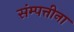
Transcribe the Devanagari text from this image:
संम्पत्तीना